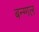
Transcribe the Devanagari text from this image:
बन्ग्गल